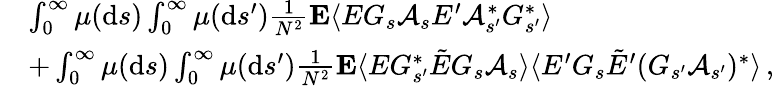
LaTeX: \begin{array}{rl}&{\int_{0}^{\infty}\mu(\mathrm{d}s)\int_{0}^{\infty}\mu(\mathrm{d}s^{\prime})\frac{1}{N^{2}}\mathbf{E}\langle EG_{s}\mathcal{A}_{s}E^{\prime}\mathcal{A}_{s^{\prime}}^{*}G_{s^{\prime}}^{*}\rangle}\\ &{+\int_{0}^{\infty}\mu(\mathrm{d}s)\int_{0}^{\infty}\mu(\mathrm{d}s^{\prime})\frac{1}{N^{2}}\mathbf{E}\langle EG_{s^{\prime}}^{*}\tilde{E}G_{s}\mathcal{A}_{s}\rangle\langle E^{\prime}G_{s}\tilde{E}^{\prime}(G_{s^{\prime}}\mathcal{A}_{s^{\prime}})^{*}\rangle\, ,}\end{array}